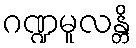
ဂဏ္ဍမူလန္တိ